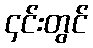
၄င်းတွင်